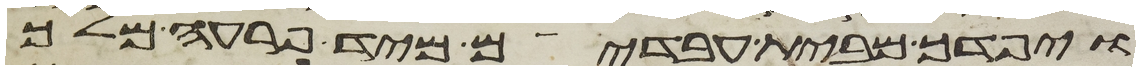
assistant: ויפדך מבית עבדים מיד פרעה מלך